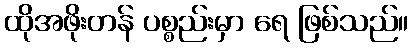
ထိုအဖိုးတန် ပစ္စည်းမှာ ရေ ဖြစ်သည်။